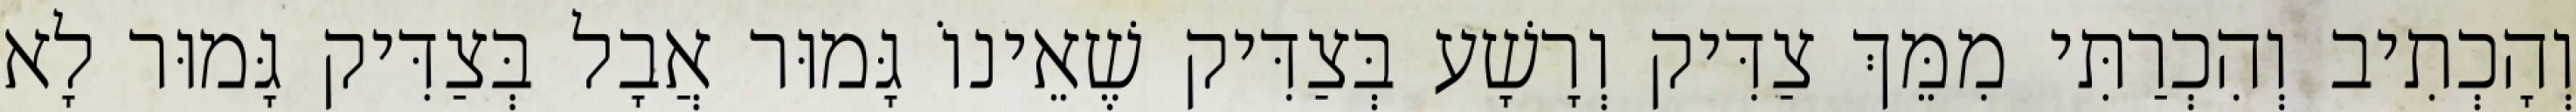
וְהָכְתִיב וְהִכְרַתִּי מִמֵּךְ צַדִּיק וְרָשָׁע בְּצַדִּיק שֶׁאֵינוֹ גָּמוּר אֲבָל בְּצַדִּיק גָּמוּר לָא